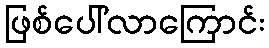
ဖြစ်ပေါ်လာကြောင်း